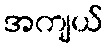
အကျယ်